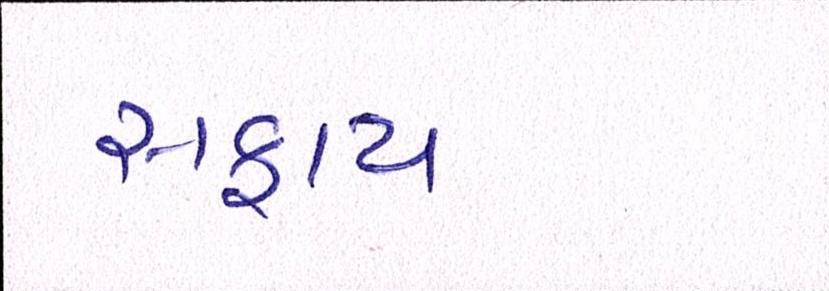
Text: સફાય